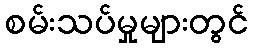
စမ်းသပ်မှုများတွင်